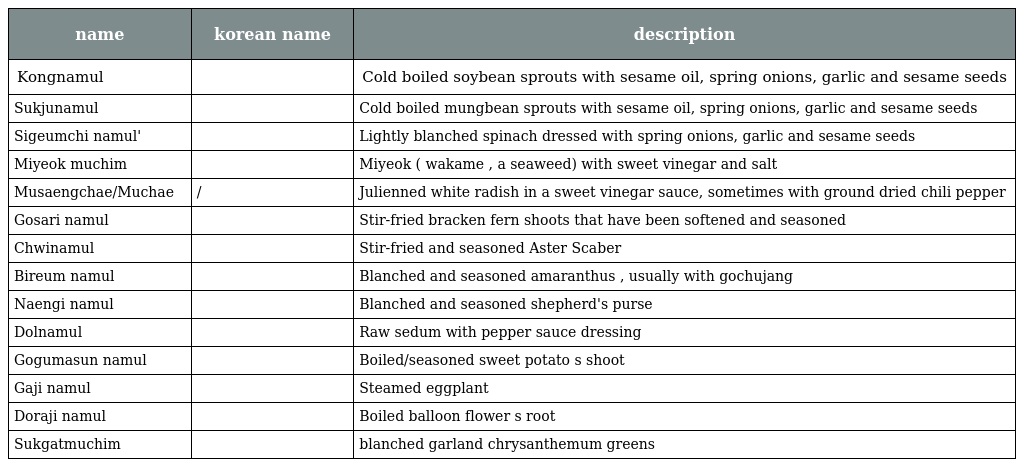
| name | korean name | description |
 | --- | --- | --- |
 | Kongnamul | 콩나물 | Cold boiled soybean sprouts with sesame oil, spring onions, garlic and sesame seeds |
 | Sukjunamul | 숙주나물 | Cold boiled mungbean sprouts with sesame oil, spring onions, garlic and sesame seeds |
 | Sigeumchi namul' | 시금치나물 | Lightly blanched spinach dressed with spring onions, garlic and sesame seeds |
 | Miyeok muchim | 미역무침 | Miyeok ( wakame , a seaweed) with sweet vinegar and salt |
 | Musaengchae/Muchae | 무생채/무채 | Julienned white radish in a sweet vinegar sauce, sometimes with ground dried chili pepper |
 | Gosari namul | 고사리나물 | Stir-fried bracken fern shoots that have been softened and seasoned |
 | Chwinamul | 취나물 | Stir-fried and seasoned Aster Scaber |
 | Bireum namul | 비름나물 | Blanched and seasoned amaranthus , usually with gochujang |
 | Naengi namul | 냉이나물 | Blanched and seasoned shepherd's purse |
 | Dolnamul | 돌나물 | Raw sedum with pepper sauce dressing |
 | Gogumasun namul | 고구마순나물 | Boiled/seasoned sweet potato s shoot |
 | Gaji namul | 가지나물 | Steamed eggplant |
 | Doraji namul | 도라지나물 | Boiled balloon flower s root |
 | Sukgatmuchim | 쑥갓무침 | blanched garland chrysanthemum greens |